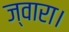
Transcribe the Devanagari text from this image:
ज्वारा।